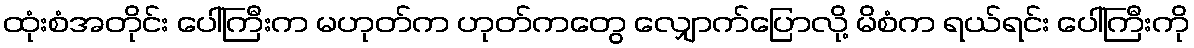
ထုံးစံအတိုင်း ပေါ်ကြီးက မဟုတ်က ဟုတ်ကတွေ လျှောက်ပြောလို့ မိစံက ရယ်ရင်း ပေါ်ကြီးကို